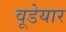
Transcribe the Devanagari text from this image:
वूडेयार